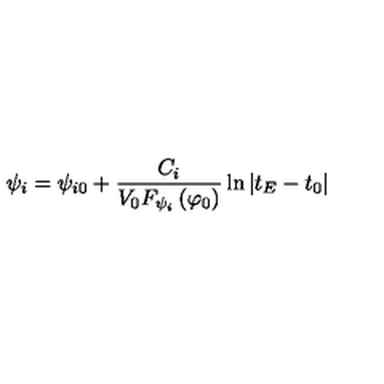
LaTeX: \psi _ { i } = \psi _ { i 0 } + \frac { C _ { i } } { V _ { 0 } F _ { \psi _ { i } } \left( \varphi _ { 0 } \right) } \ln \left| t _ { E } - t _ { 0 } \right|